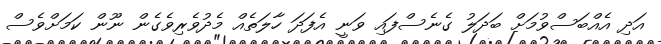
އަދި އެއްބަސްވުމަށް ބަދަލު ގެނެސްފައި ވަނީ އެފަދަ ހާލަތެއް މެދުވެރިވެގެން ނޫން ކަމަށްވެސް